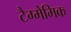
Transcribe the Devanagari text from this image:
टैग्मेमिक